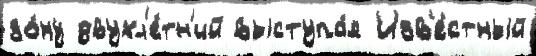
зо́ну двухл'е́тн'ий выступа́я Изв'е́стный